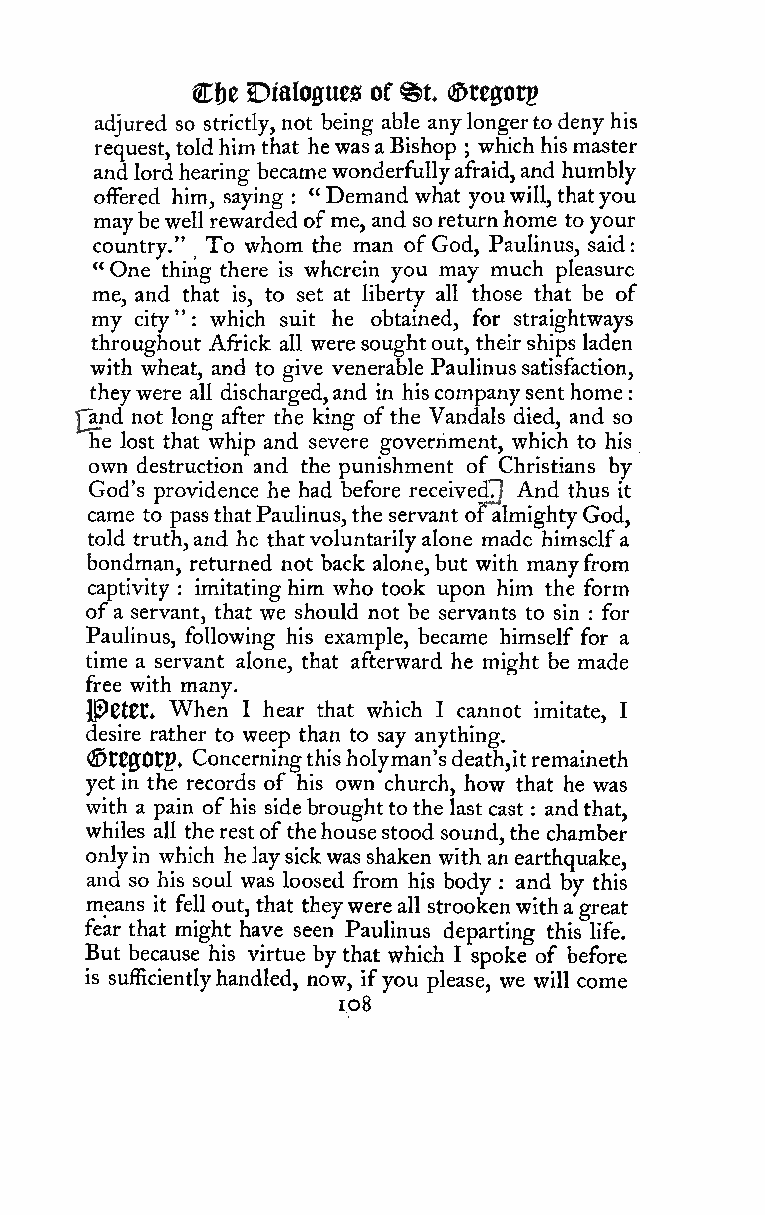
:
 ^t
 Cfje Dialogues of (£)reffot5
 adjured so strictly, not being able anylongertodenyhis
 request, toldhim that hewasaBishop whichhismaster
 ;
 and lordhearing becamewonderfullyafraid,and humbly
 oiFered him, saying "Demand what youwill,thatyou
 :
 maybewellrewardedofme, and soreturnhome to your
 country." To whom the man ofGod, Paulinus, said:
 "One thing there is wherein you may much pleasure
 me, and that is, to set at liberty all those that be of
 my city": which suit he obtained, for straightways
 throughout Africk all weresoughtout, their ships laden
 with wheat, and to give venerable Paulinussatisfaction,
 theywere all discharged,and in hiscompanysenthome
 fand not long after the king ofthe Vandals died, and so
 he lost that whip and severe government, which to his
 own destruction and the punishment of Christians by
 God's providence he had before receivedTJ And thus it
 came to passthatPaulinus,the servant oralmightyGod,
 told truth,and he thatvoluntarilyalone made himselfa
 bondman, returned not back alone,but with manyfrom
 captivity imitating him who took upon him the form
 :
 ofa servant, that we should not be servants to sin for
 :
 Paulinus, following his example, became himself for a
 time a servant alone, that afterward he might be made
 free with many.
 Jp)0t0t. When I hear that which I cannot imitate, I
 desire rather to weep than to say anything.
 (StC0Otp, Concerningthisholyman'sdeath,itremaineth
 yet in the records of his own church, how that he was
 with a pain ofhis sidebroughttothe last cast : andthat,
 whiles all therestof thehousestood sound, the chamber
 onlyin which he laysickwasshaken with an earthquake,
 and so his soul was loosed from his body : and by this
 means it fell out, that theywereall strookenwitha great
 fear that might have seen Paulinus departing this life.
 But because his virtue by that which I spoke of before
 is sufficientlyhandled, now, ifyou please, we will come
 io8